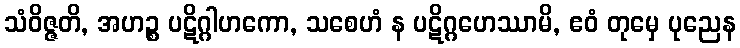
သံဝိဇ္ဇတိ, အဟဉ္စ ပဋိဂ္ဂါဟကော, သစေဟံ န ပဋိဂ္ဂဟေဿာမိ, ဧဝံ တုမှေ ပုညေန